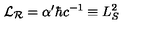
{ \cal L } _ { \cal R } = \alpha ^ { \prime } \hbar c ^ { - 1 } \equiv L _ { S } ^ { 2 }